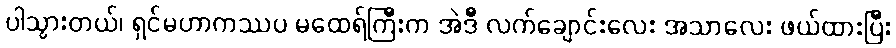
ပါသွားတယ်၊ ရှင်မဟာကဿပ မထေရ်ကြီးက အဲဒီ လက်ချောင်းလေး အသာလေး ဖယ်ထားပြီး